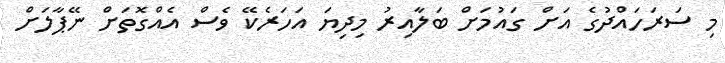
މި ސަރަހައްދުގެ އަށް ގައުމަށް ބަލާއިރު މިދިޔަ އަހަރެކޭ ވެސް އެއްގޮތަށް ނޭޕާލަށް